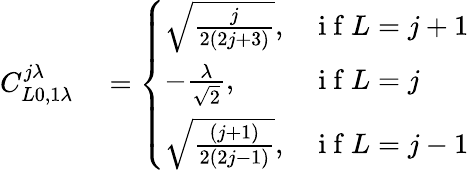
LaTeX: \begin{array}{rl}{C_{L0,1\lambda}^{j\lambda}}&{{}=\left\{ \begin{array}{ll}{\sqrt{\frac{j}{2(2j+3)}},}&{\mathrm{~i~f~}L=j+1}\\ {-\frac{\lambda}{\sqrt{2}},}&{\mathrm{~i~f~}L=j}\\ {\sqrt{\frac{(j+1)}{2(2j-1)}},}&{\mathrm{~i~f~}L=j-1}\end{array}\right.}\end{array}